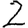
Digit: 2